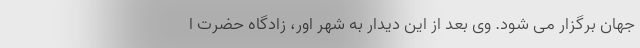
جهان برگزار می شود. وی بعد از این دیدار به شهر اور، زادگاه حضرت ا